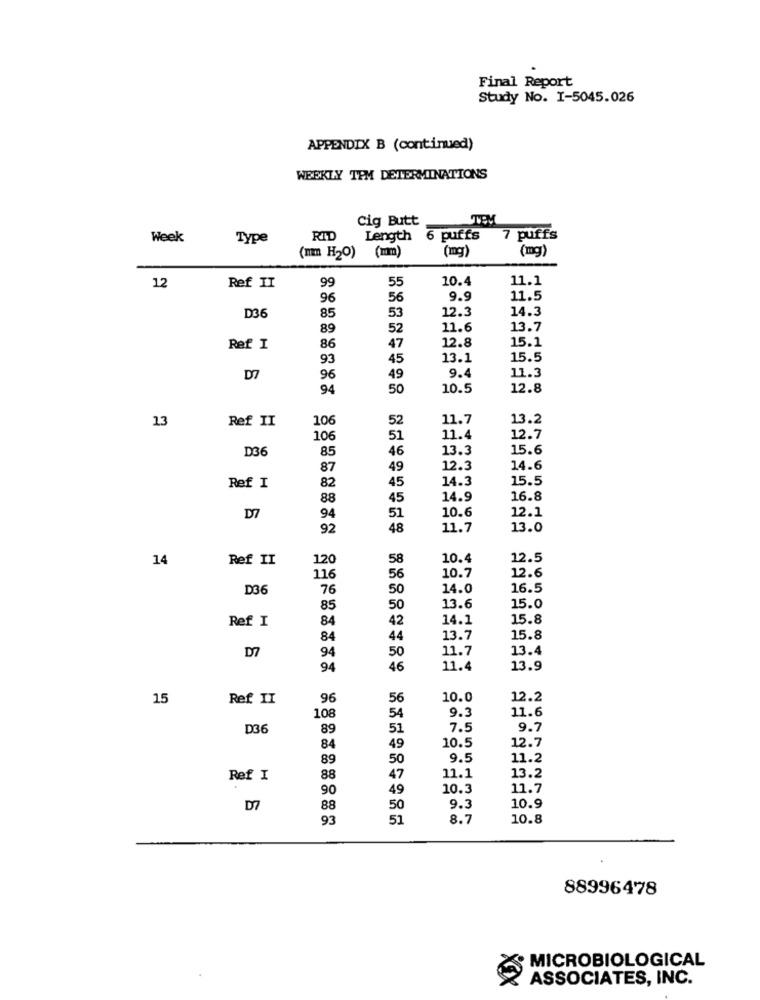
Final Report
Study No. I-5045.026
APPENDIX B (continued)
WEEKLY TPM DETERMINATIONS
Cig Butt
LTEM
Week
Type
RID
Length 6 puffs
7 puffs
(mg)
(mg)
(mm H20) (mm)
12
55
10.4
11.1
Ref II
99
96
56
9.9
11.5
85
53
12.3
14.3
D36
89
52
11.6
13.7
12.8
15.1
Ref I
86
47
93
45
13.1
15.5
9.4
11.3
D7
96
49
94
50
10.5
12.8
13
Ref II
106
52
11.7
13.2
10€
51
11.4
12.7
D36
85
46
13.3
15.6
87
49
12.3
14.6
45
14.3
15.5
Ref I
82
88
45
14.9
16.8
10.6
12.1
D7
94
51
92
48
11.7
13.0
14
Ref II
120
58
10.4
12.5
12.6
116
56
10.7
D36
76
50
14.0
16.5
85
50
13.6
15.0
Ref I
84
42
14.1
15.8
84
44
13.7
15.8
94
11.7
13.4
D7
50
94
46
11.4
13.9
15
Ref. II
96
56
10.0
12.2
9.3
11.6
108
54
D36
89
51
7.5
9.7
10.5
12.7
84
49
89
50
9.5
11.2
Ref I
88
47
11.1
13.2
90
49
10.3
11.7
D7
88
50
9.3
10.9
93
51
8.7
10.8
88996478
MICROBIOLOGICAL
X
ASSOCIATES, INC.